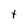
Character: 1